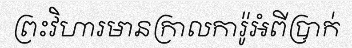
ព្រះវិហារមានក្រាលការ៉ូអំពីប្រាក់